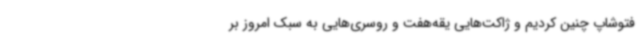
فتوشاپ چنین کردیم و ژاکت‌هایی یقه‌هفت و روسری‌هایی به سبک امروز بر